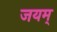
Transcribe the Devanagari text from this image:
जयम्